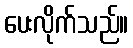
ပေးလိုက်သည်။